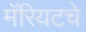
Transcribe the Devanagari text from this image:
मॅरियटचे